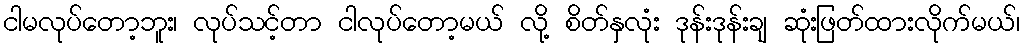
ငါမလုပ်တော့ဘူး၊ လုပ်သင့်တာ ငါလုပ်တော့မယ် လို့ စိတ်နှလုံး ဒုန်းဒုန်းချ ဆုံးဖြတ်ထားလိုက်မယ်၊